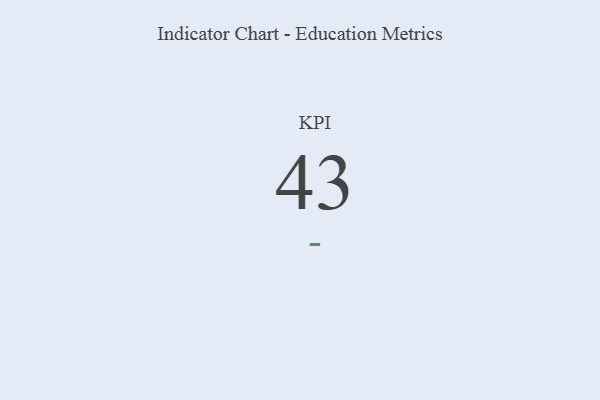
{"axis": {"x": "KPI", "y": "Value"}, "legend": [""], "data": [{"x": "KPI", "y": 43, "type": ""}]}